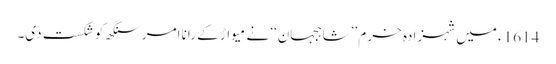
1614ء میں شہزادہ خرم ’’شاہجہان‘‘ نے میواڑ کے رانا امرسنگھ کو شکست دی۔